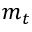
m _ { t }